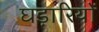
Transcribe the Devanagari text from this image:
घड़ारियों